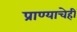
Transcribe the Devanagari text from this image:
प्राण्याचेही